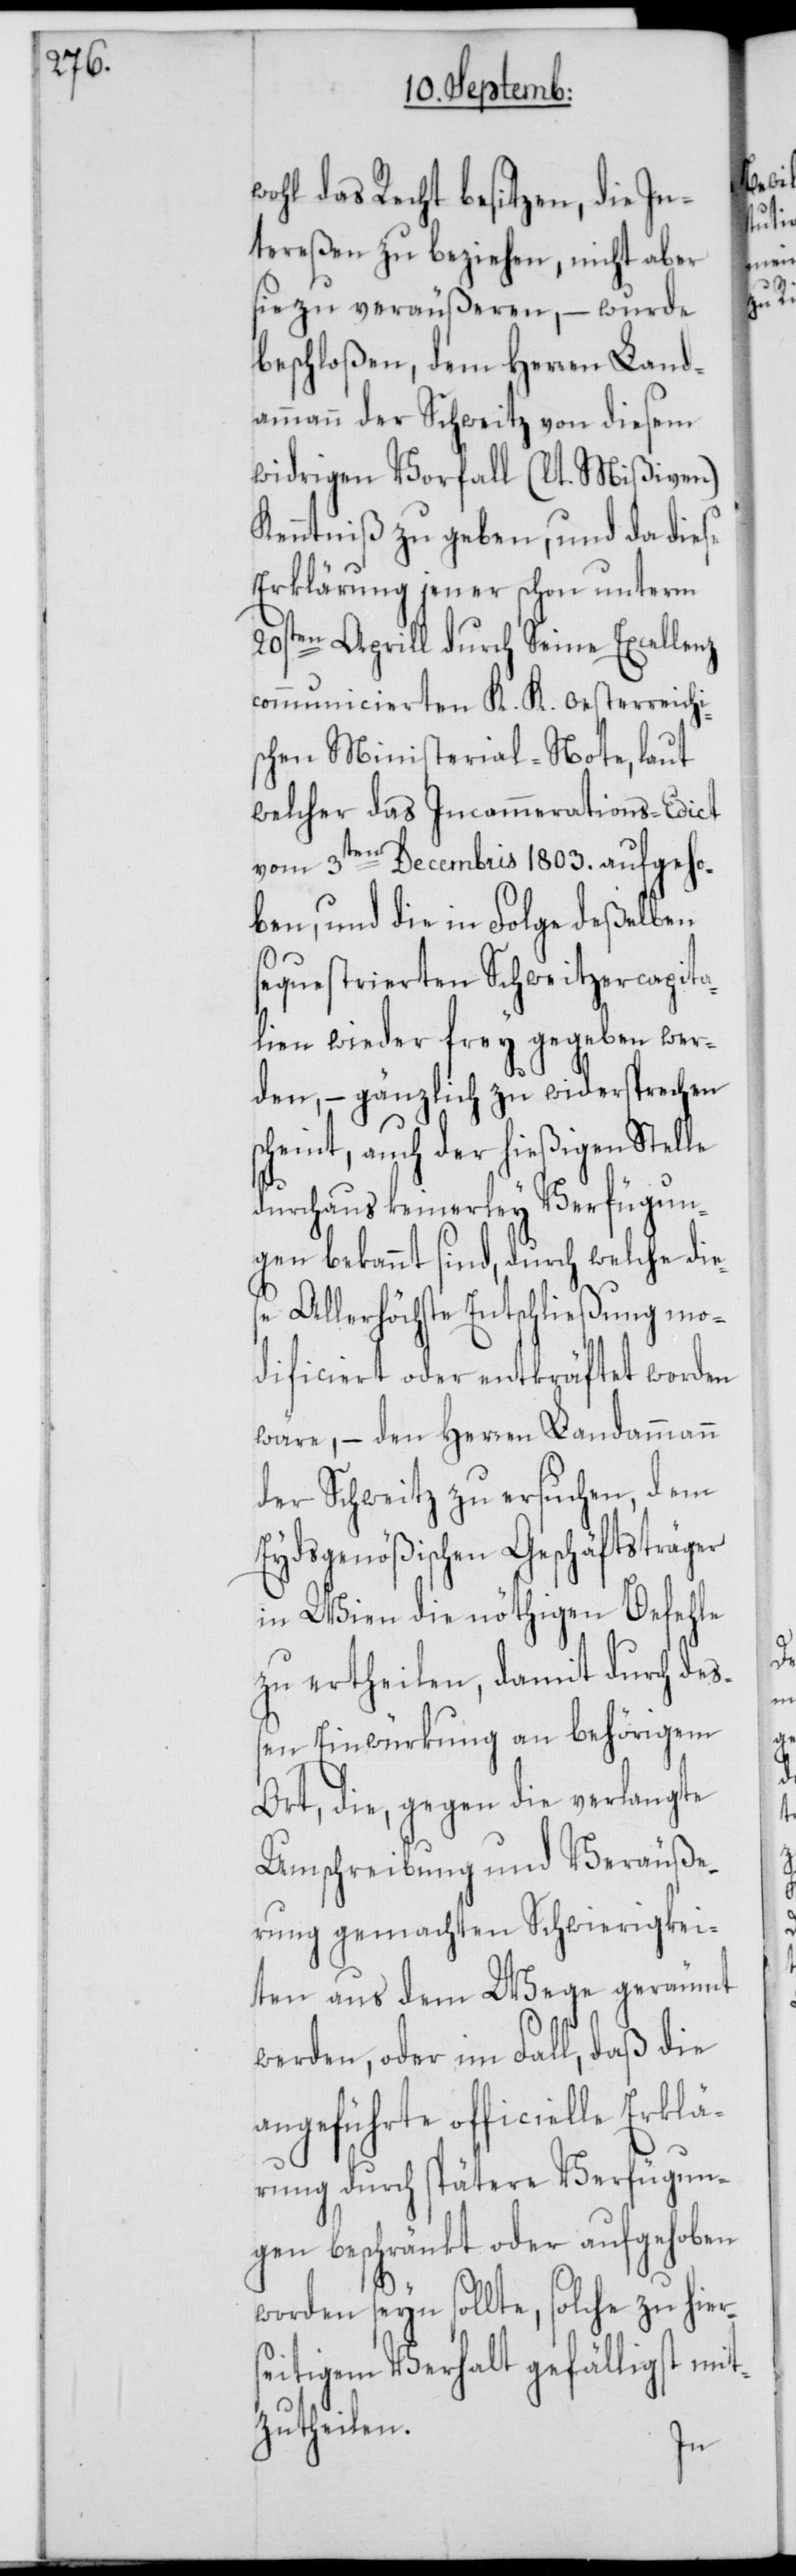
wohl das Recht besitzen, die In¬
tereßen zu beziehen, nicht aber
sie zu veräußeren, – wurde
beschloßen, dem Herren Land¬
ammann der Schweitz von diesem
widrigen Vorfall (lt. Mißiven)
Kenntniß zu geben, und da diese
Erklärung jener schon unterm
20sten Aprill durch Seine Excellenz
communicierten K. K. oesterreichi¬
schen Ministerial-Note, laut
welcher das Incammerations-Edict
vom 3ten Decembris 1803. aufgeho¬
ben, und die in Folge deßelben
sequestrierten Schweitzercapita¬
lien wieder frey gegeben wer¬
den, – gänzlich zu widersprechen
scheint, auch der hießigen Stelle
durchaus keinerley Verfügun¬
gen bekannt sind, durch welche die¬
se Allerhöchste Entschließung mo¬
dificiert oder entkräftet worden
wäre, – den Herren Landammann
der Schweitz zu ersuchen, dem
Eydsgenößischen Geschäftsträger
in Wien die nöthigen Befehle
zu ertheilen, damit durch deß¬
en Einwürkung an behörigem
Ort, die, gegen die verlangte
Umschreibung und Veräuße¬
rung gemachten Schwierigkei¬
ten aus dem Wege geräumt
werden, oder im Fall, daß die
angeführte officielle Erklä¬
rung durch spätere Verfügun¬
gen beschränkt oder aufgehoben
worden seyn sollte, solche zu hier¬
seitigem Verhalt gefälligst mit¬
zutheilen.